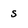
Character: s